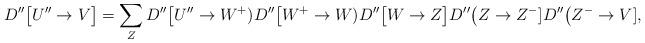
LaTeX: \begin{align*}D''\big[U''\to V\big] = \sum_{Z} D''\big[U''\to W^+)D''\big[W^+\to W) D''\big[W\to Z\big] D''\big(Z\to Z^-] D''\big(Z^-\to V],\end{align*}